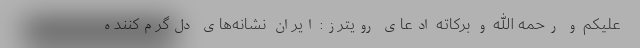
علیکم و رحمه الله و برکاته ادعای رویترز: ایران نشانه‌های دل‌گرم‌کننده